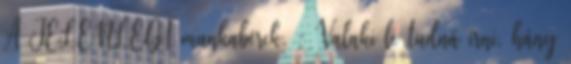
A JELENLEGI munkabérek. : Valaki le tudná írni, hány